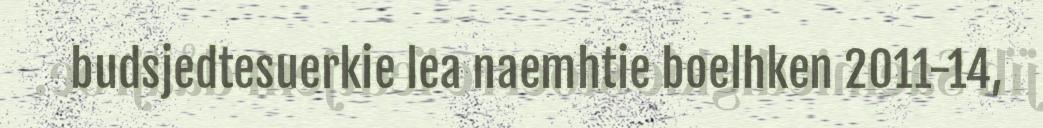
budsjedtesuerkie lea naemhtie boelhken 2011-14,